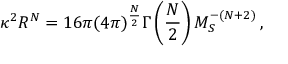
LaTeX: \kappa ^ { 2 } R ^ { N } = 1 6 \pi ( 4 \pi ) ^ { \frac { N } { 2 } } \Gamma \left( \frac { N } { 2 } \right) M _ { S } ^ { - ( N + 2 ) } \, ,